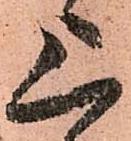
上